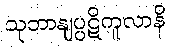
သုဘာနျပ္ပဋိကူလာနိ